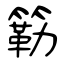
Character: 簕